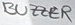
Text: BUZZER